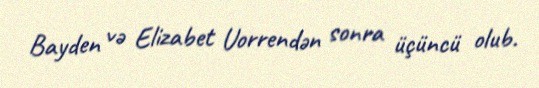
Bayden və Elizabet Uorrendən sonra üçüncü olub.